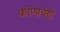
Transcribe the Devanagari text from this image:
कोणाचंही